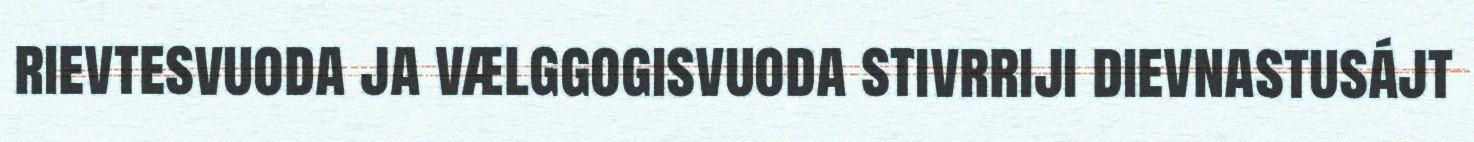
rievtesvuoda ja vælggogisvuoda stivrriji dievnastusájt